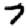
Digit: 7